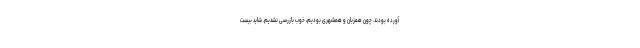
آورده بودند. چون همزبان و همشهری بودیم، خوب بازرسی نشدیم. شاید بیست